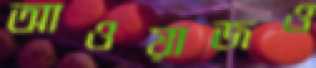
আওয়াজও